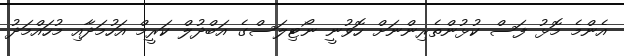
އެންމެ މޮޅު ފަސް ކުޅުންތެރިންނަށް ހޮވުނީ ނޯޓިލަސްގެ އަބްދުލް ކަރީމް އަހުމަދާއި މުހައްމަދު